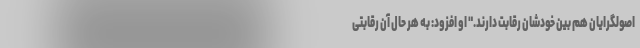
اصولگرایان هم بین خودشان رقابت دارند." او افزود: به هر حال آن رقابتی